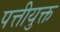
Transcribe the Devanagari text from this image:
पत्तीयुक्त